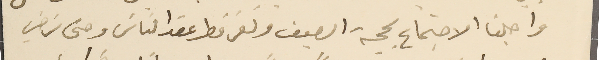
واجلنا الاجتماع بحجة الصيف وتفرقط عقد الناسَ وحتى نرضي